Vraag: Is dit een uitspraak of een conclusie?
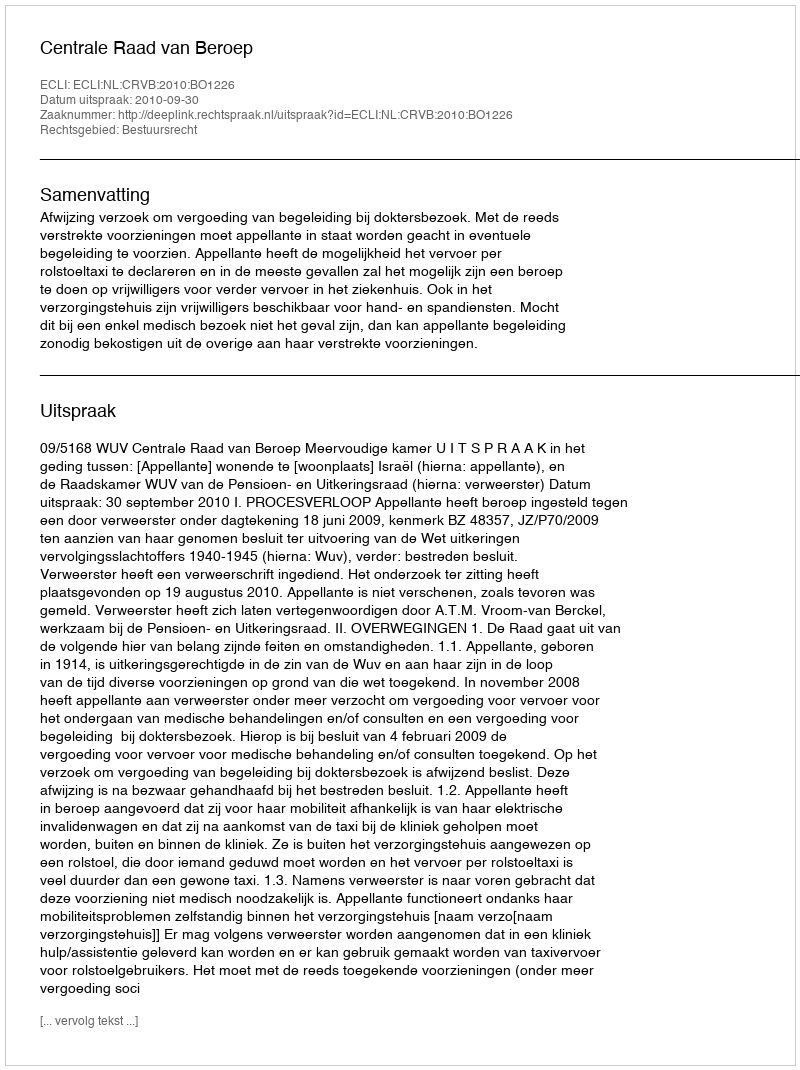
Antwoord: Uitspraak